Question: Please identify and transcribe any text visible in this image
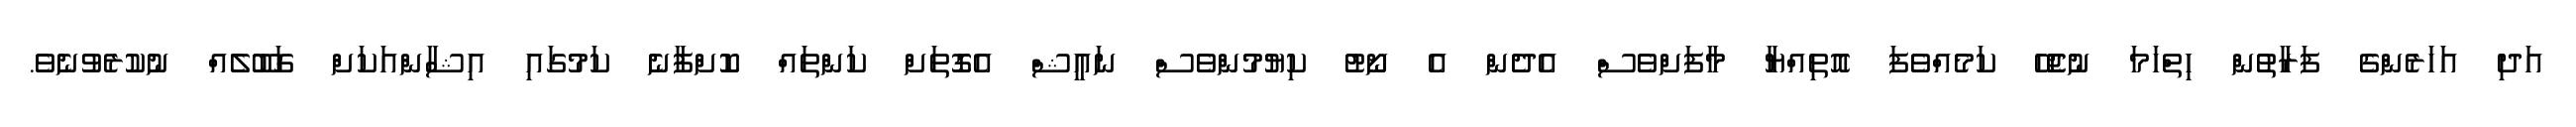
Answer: އަދި އަހަރެންގެ ފަރާތުން ހިތްހަމަ ނުޖެހޭ ކަމެއްވެފަ އޮތިއްޔާ މާފަށްވެސް އެދެން އެ ނޯޓު ކިޔުމުންވެސް ނައީޝް އެގޮތަށް ކަންތައް ކޮށްފާނެ ކަމުގައި އިޝާންއަކަށް ގަބޫލެއް ނުކުރެވުނެވެ.